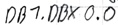
Text: DB1.DBX 0.0